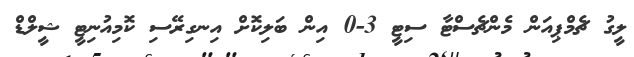
ލީގު ޗެމްޕިއަން މެންޗެސްޓާ ސިޓީ 3-0 އިން ބަލިކޮށް އިނގިރޭސި ކޮމިއުނިޓީ ޝީލްޑް